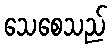
သေစေသည်